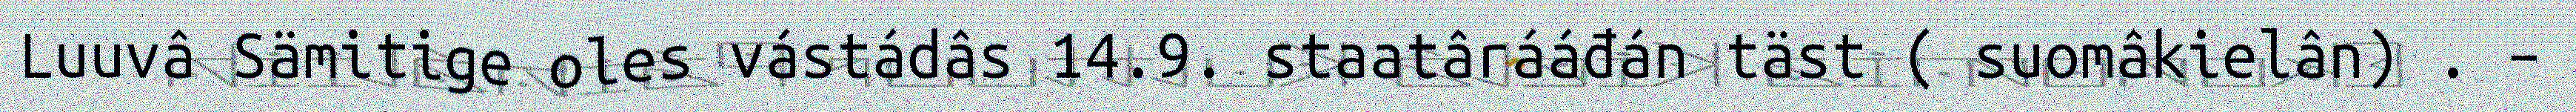
Luuvâ Sämitige oles vástádâs 14.9. staatârááđán täst ( suomâkielân) . –